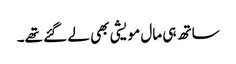
ساتھ ہی مال مویشی بھی لے گئے تھے۔